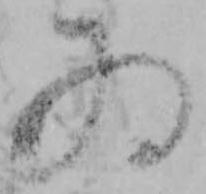
為